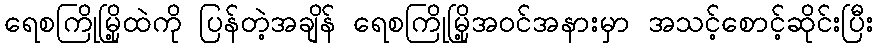
ရေစကြိုမြို့ထဲကို ပြန်တဲ့အချိန် ရေစကြိုမြို့အဝင်အနားမှာ အသင့်စောင့်ဆိုင်းပြီး